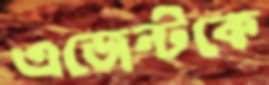
এজেন্টকে